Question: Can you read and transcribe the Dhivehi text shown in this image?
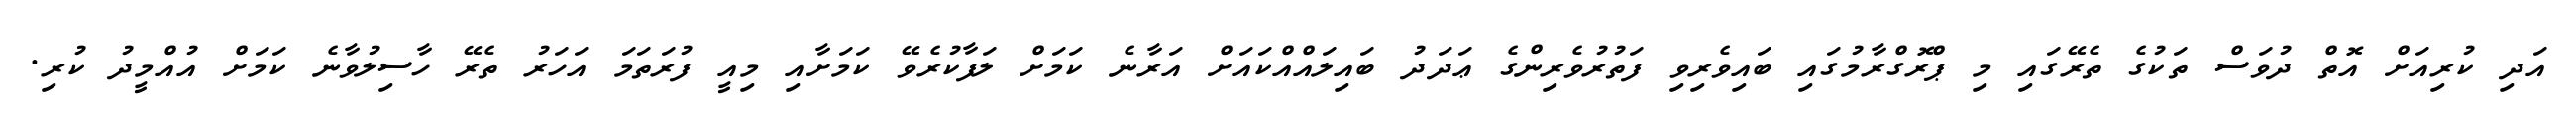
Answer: އަދި ކުރިއަށް އޮތް ދުވަސް ތަކުގެ ތެރޭގައި މި ޕްރޮގްރާމުގައި ބައިވެރިވި ފަތުރުވެރިންގެ ޢަދަދު ބައިލައްއްކައަށް އަރާނެ ކަމަށް ލަފާކުރެވޭ ކަމަށާއި މިއީ ފުރަތަމަ އަހަރު ތެރޭ ހާސިލުވާނެ ކަމަށް އުއްމީދު ކުރި.